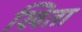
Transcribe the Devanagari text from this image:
खिता